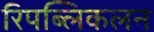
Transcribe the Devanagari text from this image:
रिपब्लिकलन